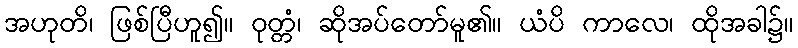
အဟုတိ၊ ဖြစ်ပြီဟူ၍။ ဝုတ္တံ၊ ဆိုအပ်တော်မူ၏။ ယံပိ ကာလေ၊ ထိုအခါ၌။